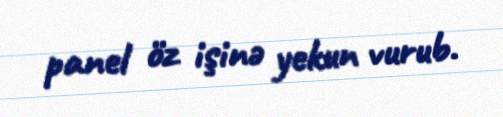
panel öz işinə yekun vurub.